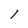
Character: 1